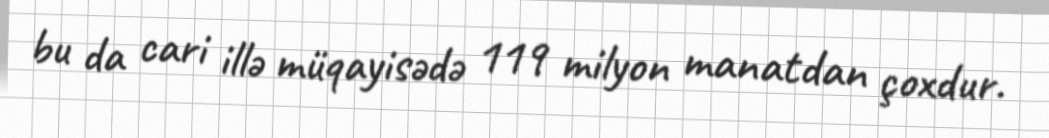
bu da cari illə müqayisədə 119 milyon manatdan çoxdur.